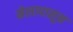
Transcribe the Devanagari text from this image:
मेलापासून